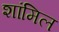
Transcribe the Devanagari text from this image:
शांमिल